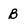
Character: B